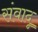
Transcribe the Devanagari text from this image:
संवादू